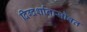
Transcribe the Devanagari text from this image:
दिग्दर्शानासोबत